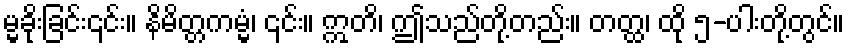
မ္မခိုးခြင်း၎င်း။ နိမိတ္တကမ္မံ၊ ၎င်း။ ဣတိ၊ ဤသည်တို့တည်း။ တတ္ထ၊ ထို ၅-ပါးတို့တွင်။